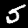
Label: 5